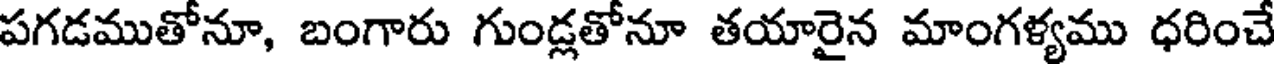
పగడముతోనూ, బంగారు గుండ్లతోనూ తయారైన మాంగళ్యము ధరించే